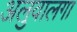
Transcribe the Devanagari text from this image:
अलुवालगा